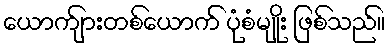
ယောက်ျားတစ်ယောက် ပုံစံမျိုး ဖြစ်သည်။